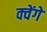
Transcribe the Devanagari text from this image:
क्वेंगे